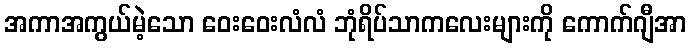
အကာအကွယ်မဲ့သော ဝေးဝေးလံလံ ဘုံရိပ်သာကလေးများကို ကောက်ဂျီအာ